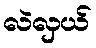
လဲလှယ်